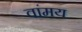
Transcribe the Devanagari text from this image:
वांमय